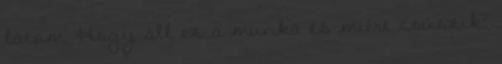
látom. Hogy áll ez a munka és miért csúszik?